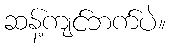
ဆန့်ကျင်ဘက်ပဲ။